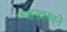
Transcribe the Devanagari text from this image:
अक्षरक्रमाने